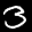
Label: 3